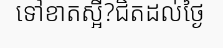
ទៅខាតស្អី?ជិតដល់ថ្ងៃ